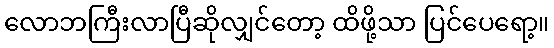
လောဘကြီးလာပြီဆိုလျှင်တော့ ထိဖို့သာ ပြင်ပေရော့။